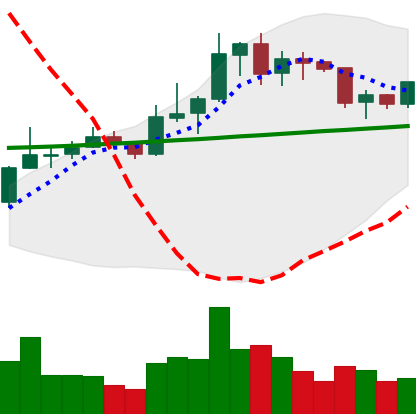
Ticker: LINK-USD
Chart end date: 2020-01-26
Forward return: 9.807%
Label: up_7plus